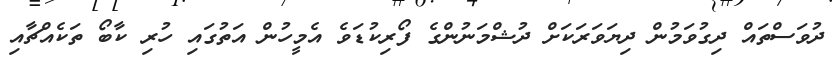
ދުވަސްތައް ދިގުވަމުން ދިޔަވަރަކަށް ދުޝްމަނުންގެ ފޯރިކުޑަވެ އެމީހުން އަތުގައި ހުރި ކާބޯ ތަކެއްޗާއި